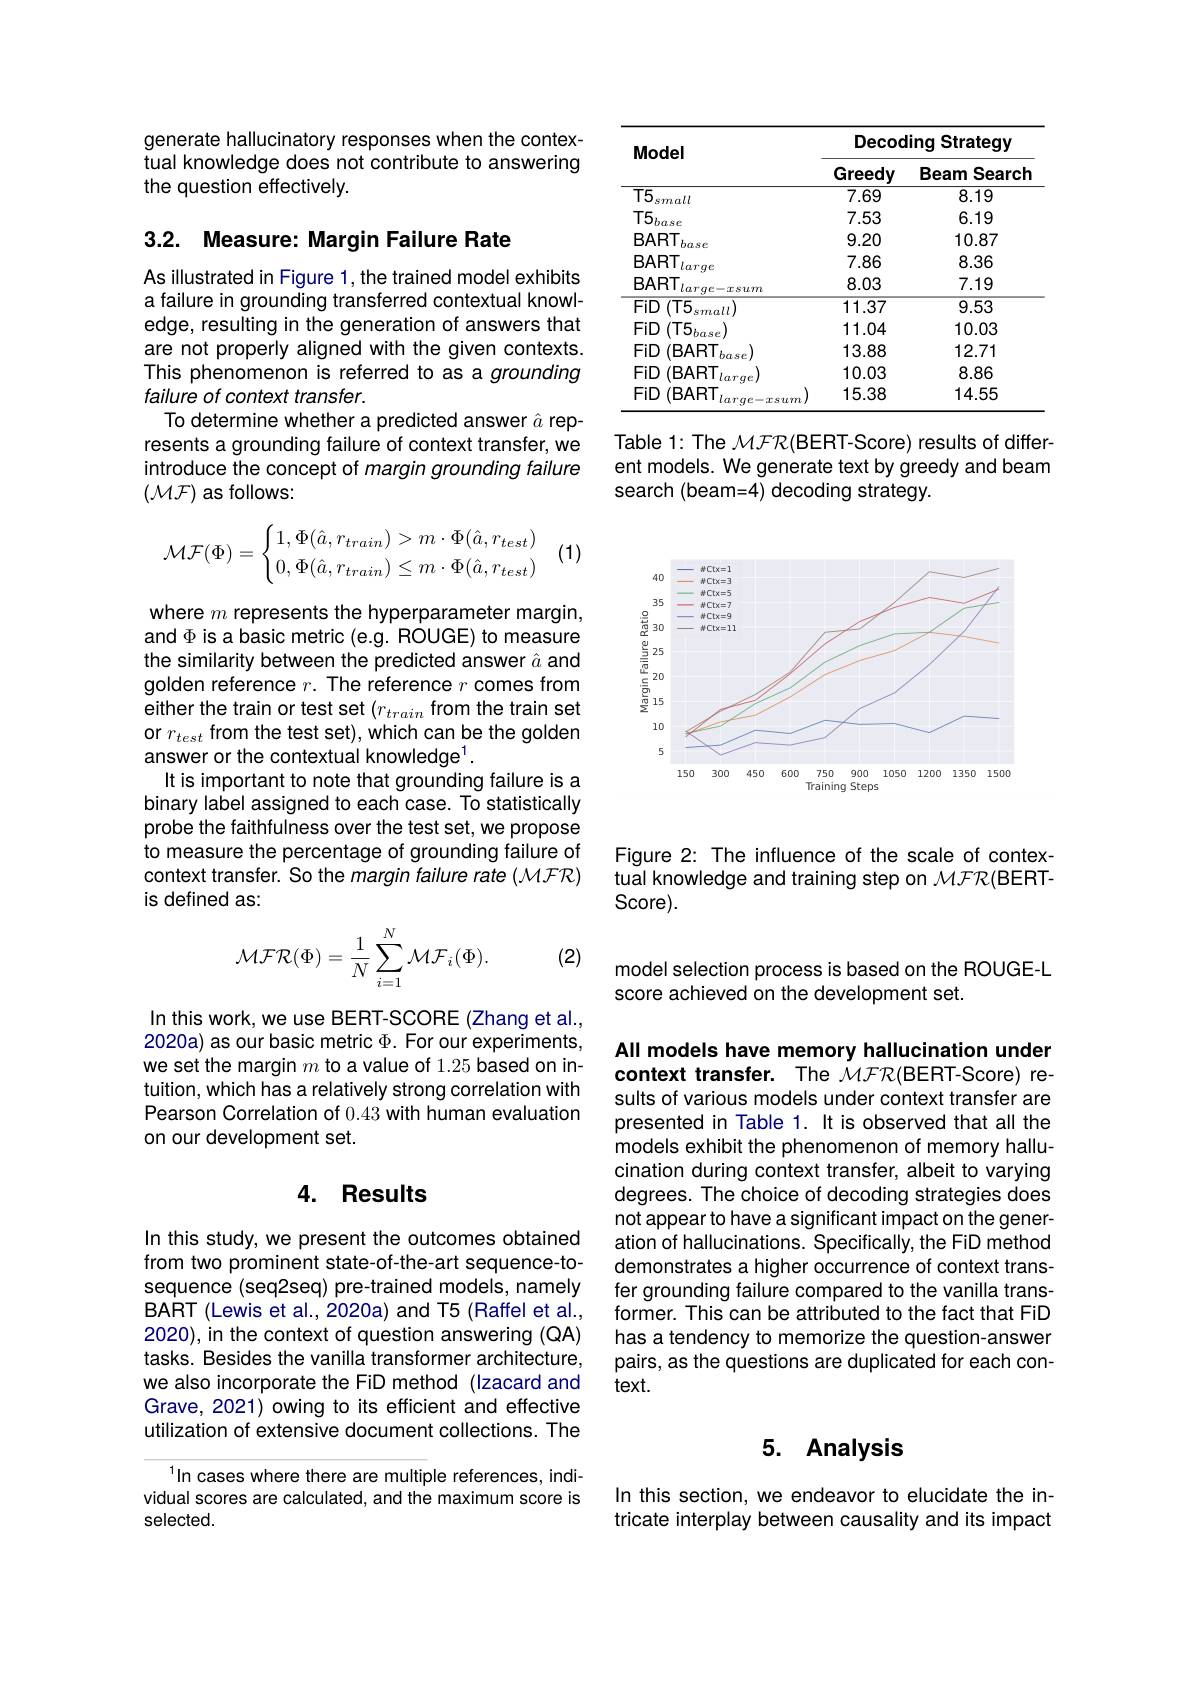
generate hallucinatory responses when the contextual knowledge does not contribute to answering the question effectively.

3.2. Measure: Margin Failure Rate

As illustrated in Figure 1, the trained model exhibits a failure in grounding transferred contextual knowledge, resulting in the generation of answers that are not properly aligned with the given contexts. This phenomenon is referred to as a grounding failure of context transfer.
To determine whether a predicted answer $\hat{a}$ represents a grounding failure of context transfer, we introduce the concept of margin grounding failure $(\mathcal{MF})$ as follows:
$$\mathcal{MF}(\Phi)=\begin{cases}1,\Phi(\hat{a},r_{train})>m\cdot\Phi(\hat{a},r_{test})\\0,\Phi(\hat{a},r_{train})\leq m\cdot\Phi(\hat{a},r_{test})\end{cases}$$
(1)

where $m$ represents the hyperparameter margin, and $\Phi$ is a basic metric (e.g. ROUGE) to measure the similarity between the predicted answer $\hat{a}$ and golden reference $r.$ The reference $r$ comes from either the train or test set $(r_{train}$ from the train set or $r_{test}$ from the test set), which can be the golden answer or the contextual knowledge$^1.$
It is important to note that grounding failure is a binary label assigned to each case. To statistically probe the faithfulness over the test set, we propose to measure the percentage of grounding failure of context transfer. So the margin failure rate $(\mathcal{MFR})$ is defined as:

(2)
$$\mathcal{MFR}(\Phi)=\frac{1}{N}\sum_{i=1}^{N}\mathcal{MF}_{i}(\Phi).$$
In this work, we use BERT-SCORE (Zhang et al., 2020a) as our basic metric $\Phi.$ For our experiments, we set the margin $m$ to a value of 1.25 based on intuition, which has a relatively strong correlation with Pearson Correlation of 0.43 with human evaluation on our development set.

### 4. Results

In this study, we present the outcomes obtained from two prominent state-of-the-art sequence-tosequence (seq2seq) pre-trained models, namely BART (Lewis et al., 2020a) and T5 (Raffel et al., 2020), in the context of question answering (QA) tasks. Besides the vanilla transformer architecture, we also incorporate the FiD method (Izacard and Grave, 2021) owing to its efficient and effective utilization of extensive document collections. The

$^{1}\ln$cases where there are multiple references, individual scores are calculated, and the maximum score is selected.

<table>
	<tbody>
		<tr>
			<th rowspan="2">Model</th>
			<th colspan="2">Decoding Strategy</th>
		</tr>
		<tr>
			<th>Greedy</th>
			<th>Beam Search</th>
		</tr>
		<tr>
			<td>$\overline{\text{T5}}$ small</td>
			<td>7.69</td>
			<td>8.19</td>
		</tr>
		<tr>
			<td>$T5_{base}$</td>
			<td>7.53</td>
			<td>6.19</td>
		</tr>
		<tr>
			<td>BART base</td>
			<td>9.20</td>
			<td>10.87</td>
		</tr>
		<tr>
			<td>BART larqe</td>
			<td>7.86</td>
			<td>8.36</td>
		</tr>
		<tr>
			<td>BART $large-xsum$</td>
			<td>8.03</td>
			<td>7.19</td>
		</tr>
		<tr>
			<td>FiD $)(T5$ small</td>
			<td>11.37</td>
			<td>9.53</td>
		</tr>
		<tr>
			<td>FiD (T5, $)_{base}$</td>
			<td>11.04</td>
			<td>10.03</td>
		</tr>
		<tr>
			<td>FiD $(\mathsf{BART}$ base</td>
			<td>13.88</td>
			<td>12.71</td>
		</tr>
		<tr>
			<td>FiD $(\mathsf{BART}$ larqe</td>
			<td>10.03</td>
			<td>8.86</td>
		</tr>
		<tr>
			<td>FiD $(\mathsf{BART}$ $larqe-xsum$</td>
			<td>15.38</td>
			<td>14.55</td>
		</tr>
	</tbody>
</table>

Table 1: The MFR(BERT-Score) results of different models. We generate text by greedy and beam search (beam=4) decoding strategy

<FigureHere>

Figure 2: The influence of the scale of contextual knowledge and training step on $\mathcal{MFR}($BERT- $Score).$

model selection process is based on the ROUGE-L
score achieved on the development set.

All models have memory hallucination under context transfer. The $\mathcal{MFR}(\mathsf{BERT-Score})$ results of various models under context transfer are presented in Table 1. It is observed that all the models exhibit the phenomenon of memory hallucination during context transfer, albeit to varying degrees. The choice of decoding strategies does not appear to have a significant impact on the generation of hallucinations. Specifically, the FiD method demonstrates a higher occurrence of context transfer grounding failure compared to the vanilla transformer. This can be attributed to the fact that FiD has a tendency to memorize the question-answer pairs, as the questions are duplicated for each con- $text.$

## 5. Analysis

In this section, we endeavor to elucidate the intricate interplay between causality and its impact